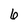
Character: 6